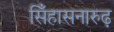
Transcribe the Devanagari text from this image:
सिँहासनारुढ़